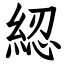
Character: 綛